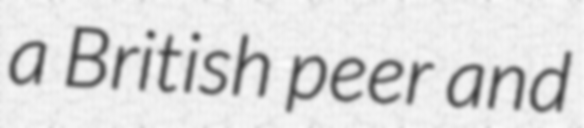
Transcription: a British peer and